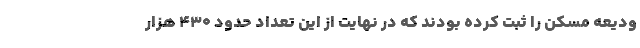
ودیعه مسکن را ثبت کرده بودند که در نهایت از این تعداد حدود ۴۳۰ هزار